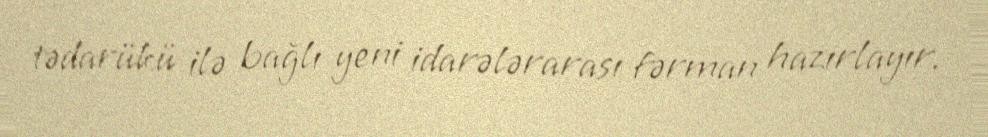
tədarükü ilə bağlı yeni idarələrarası fərman hazırlayır.